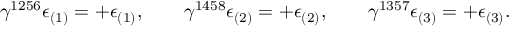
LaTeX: \gamma ^ { 1 2 5 6 } \epsilon _ { ( 1 ) } = + \epsilon _ { ( 1 ) } , \qquad \gamma ^ { 1 4 5 8 } \epsilon _ { ( 2 ) } = + \epsilon _ { ( 2 ) } , \qquad \gamma ^ { 1 3 5 7 } \epsilon _ { ( 3 ) } = + \epsilon _ { ( 3 ) } .